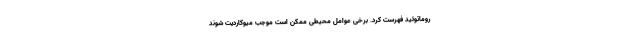
روماتوئید فهرست کرد. برخی عوامل محیطی ممکن است موجب میوکاردیت شوند